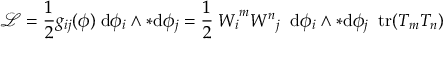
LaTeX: { \mathcal { L } } = { \frac { 1 } { 2 } } g _ { i j } ( \phi ) \; \mathrm { d } \phi _ { i } \wedge { * \mathrm { d } \phi _ { j } } = { \frac { 1 } { 2 } } \; { W _ { i } } ^ { m } { W ^ { n } } _ { j } \; \; \mathrm { d } \phi _ { i } \wedge { * \mathrm { d } \phi _ { j } } \; \; \mathrm { t r } ( T _ { m } T _ { n } )